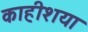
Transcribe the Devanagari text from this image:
काहीशया